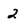
Character: 2